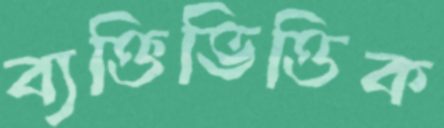
ব্যক্তিভিত্তিক